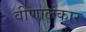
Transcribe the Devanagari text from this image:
वीणालंकार